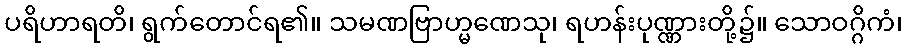
ပရိဟာရတိ၊ ရွက်တောင်ရ၏။ သမဏဗြာဟ္မဏေသု၊ ရဟန်းပုဏ္ဏားတို့၌။ သောဝဂ္ဂိကံ၊